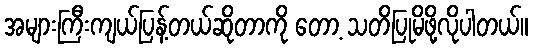
အများကြီးကျယ်ပြန့်တယ်ဆိုတာကို တော့ သတိပြုမိဖို့လိုပါတယ်။